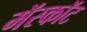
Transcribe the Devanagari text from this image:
मॅस्कॉट